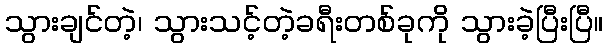
သွားချင်တဲ့၊ သွားသင့်တဲ့ခရီးတစ်ခုကို သွားခဲ့ပြီးပြီ။